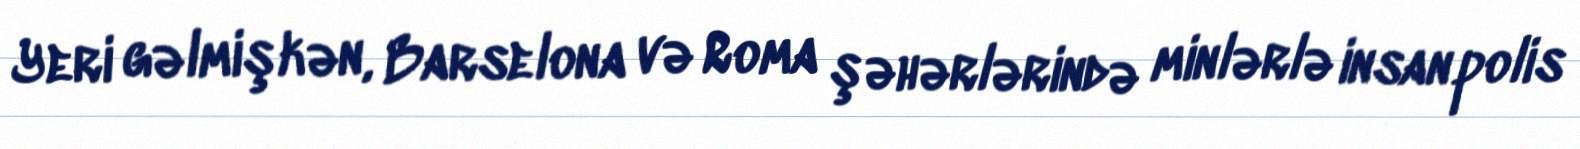
Yeri gəlmişkən, Barselona və Roma şəhərlərində minlərlə insan polis